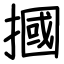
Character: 摑